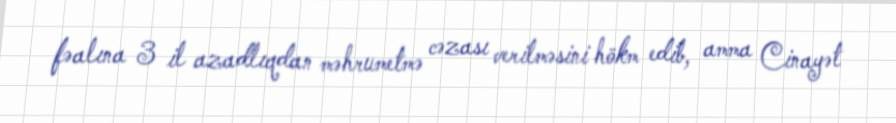
fəalına 3 il azadlıqdan məhrumetmə cəzası verilməsini hökm edib, amma Cinayət